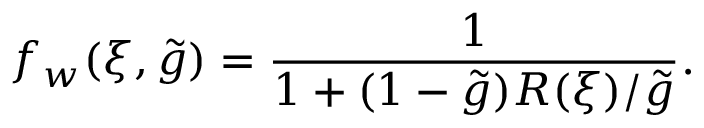
f _ { w } ( \xi , \tilde { g } ) = \frac { 1 } { 1 + ( 1 - \tilde { g } ) R ( \xi ) / \tilde { g } } .